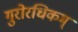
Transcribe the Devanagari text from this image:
गुरोरधिकम्